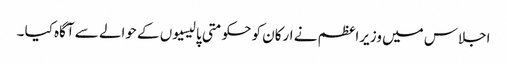
اجلاس میں وزیراعظم نے ارکان کو حکومتی پالیسیوں کے حوالے سے آگاہ کیا ۔